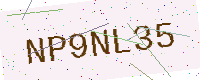
Text: NP9NL35